Taavet_Bergmanni_abiraha_sihtasutus, lk 5
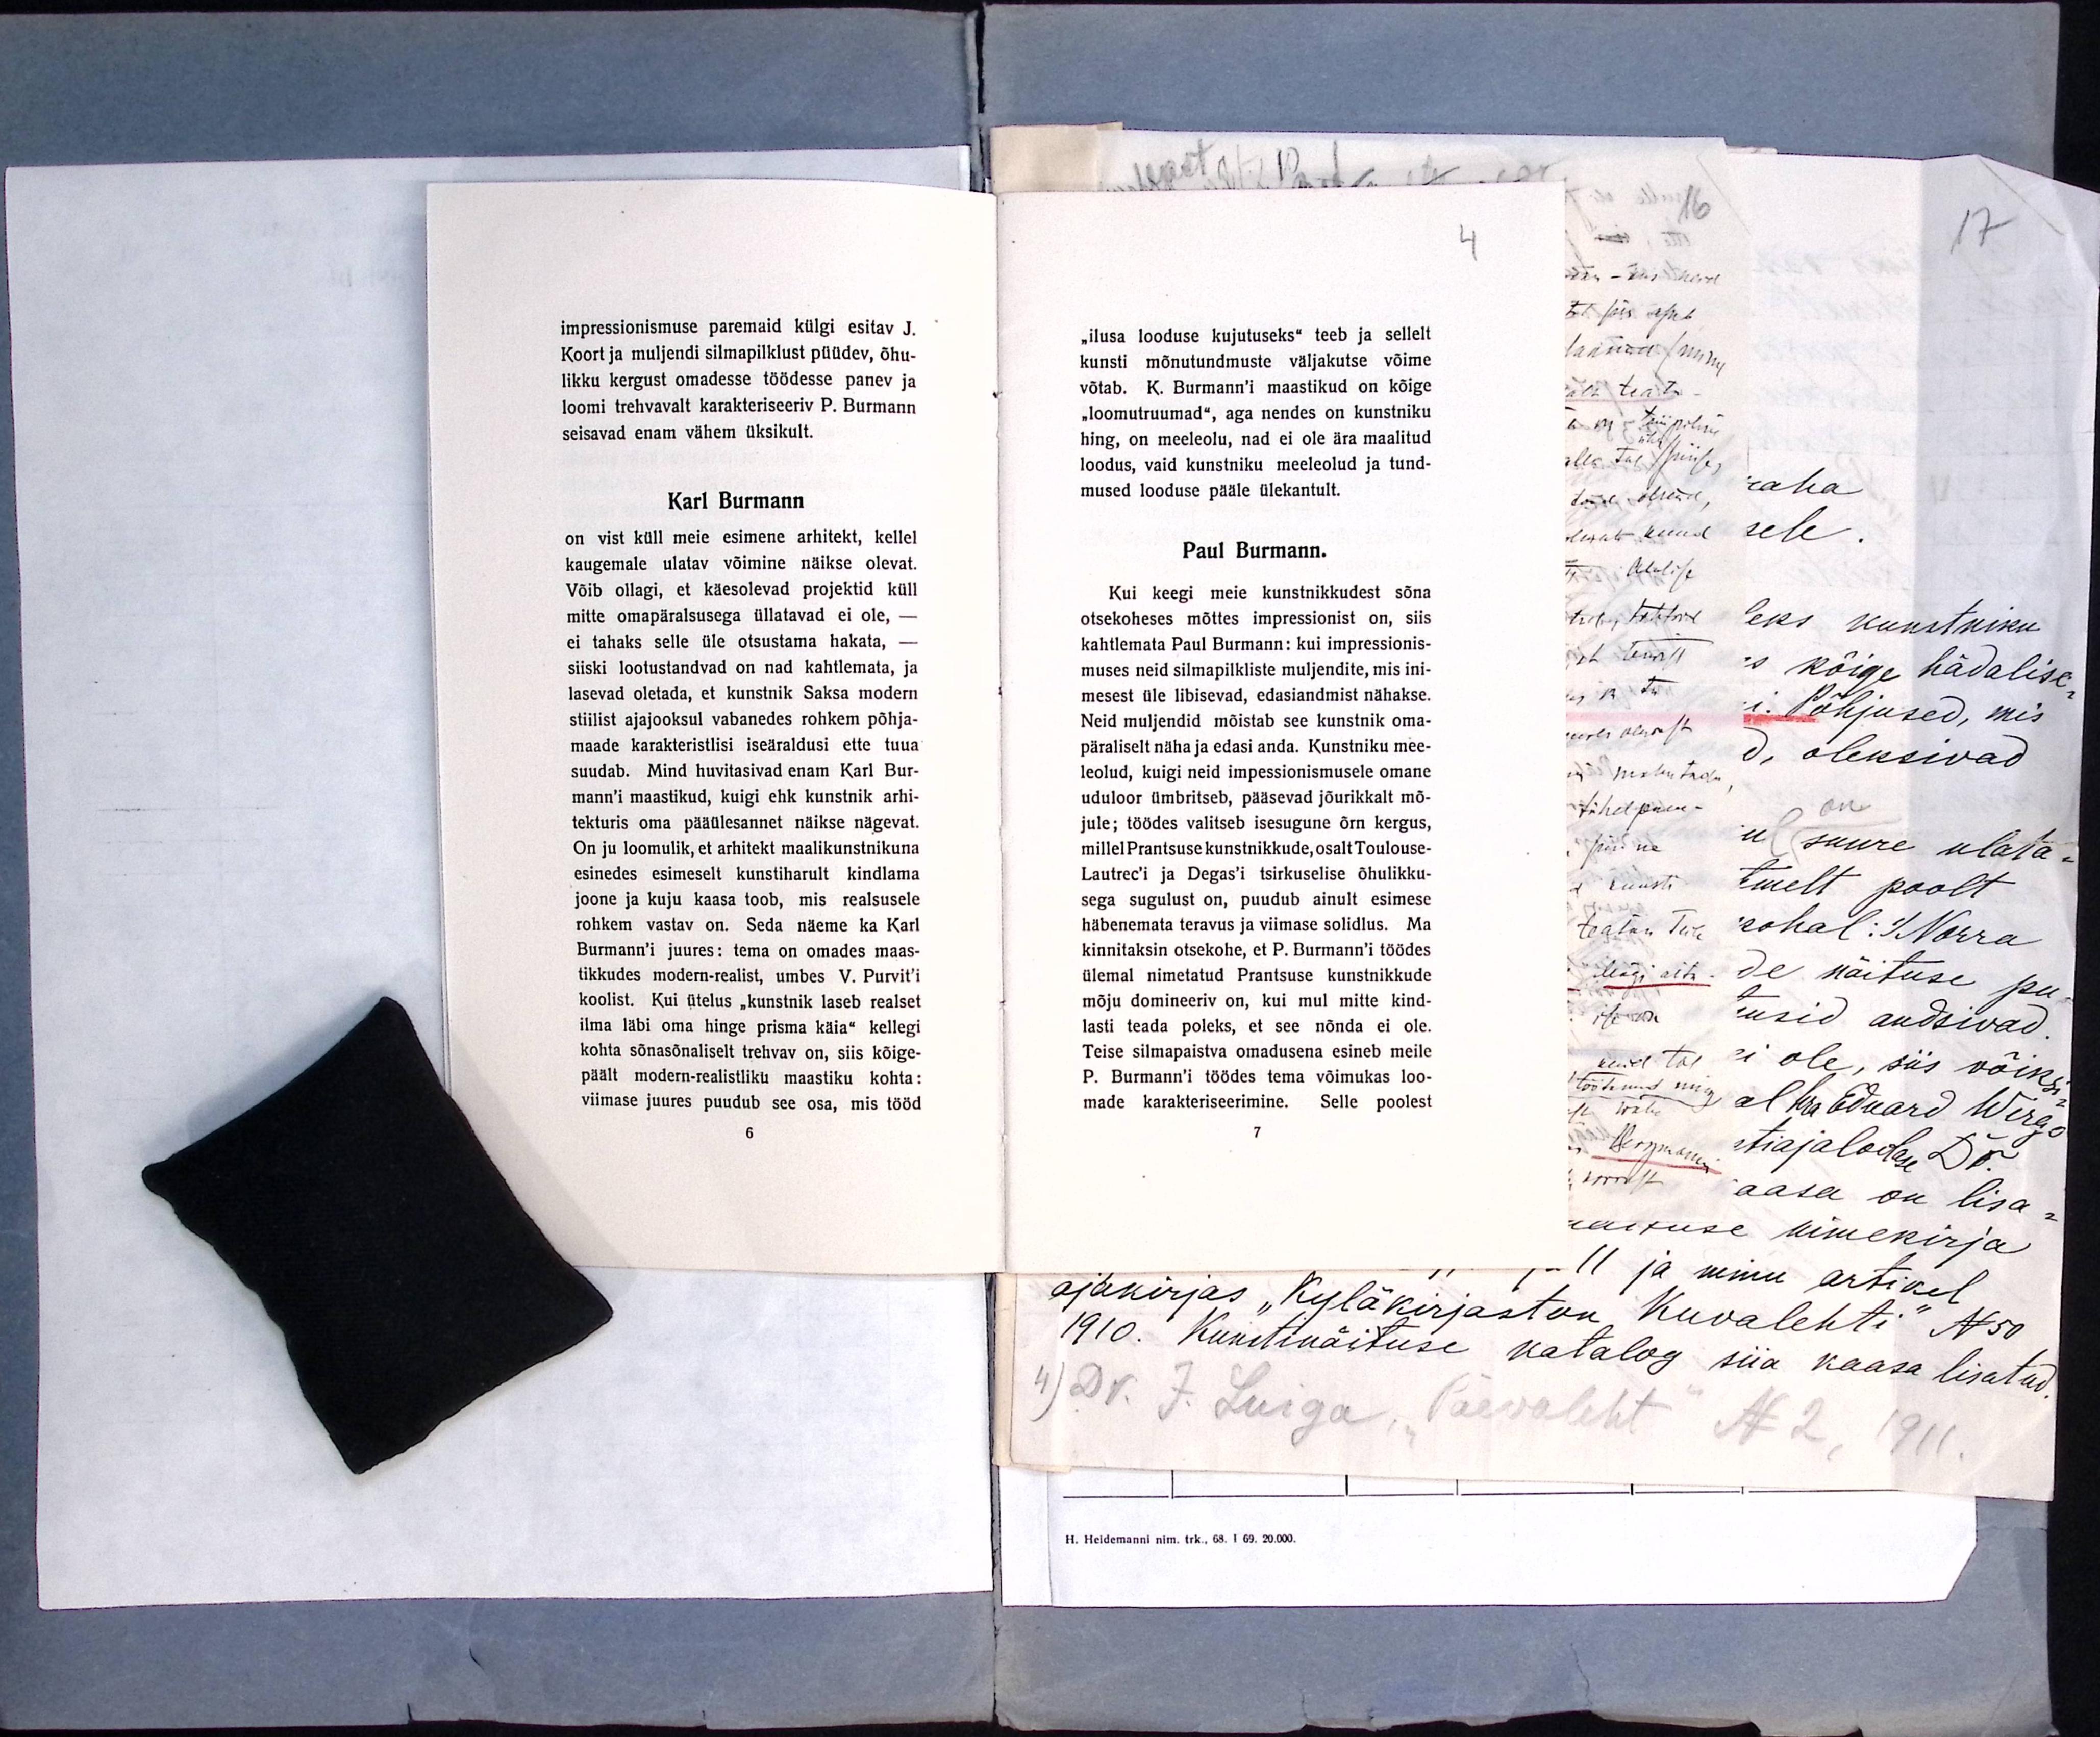
impressionismuse paremaid külgi esitav J.
Koort ja muljendi silmapilklust püüdev, õhu-
likku kergust omadesse töödesse panev ja
loomi trehvavalt karakteriseeriv P. Burmann
seisavad enam vähem üksikult.
Karl Burmann
on vist küll meie esimene arhitekt, kellel
kaugemale ulatav võimine näikse olevat.
Võib ollagi, et käesolevad projektid küll
mitte omapäralsusega üllatavad ei ole, -
ei tahaks selle üle otsustama hakata, -
siiski lootustandvad on nad kahtlemata, ja
lasevad oletada, et kunstnik Saksa modern
stiilist ajajooksul vabanedes rohkem põhja-
maade karakteristlisi iseäraldusi ette tuua
suudab. Mind huvitasivad enam Karl Bur-
mann'i maastikud, kuigi ehk kunstnik arhi-
tekturis oma pääülesannet näikse nägevat.
On ju loomulik, et arhitekt maalikunstnikuna
esinedes esimeselt kunstiharult kindlama
joone ja kuju kaasa toob, mis realsusele
rohkem vastav on. Seda näeme ka Karl
Burmann'i juures: tema on omades maas-
tikkudes modern-realist, umbes V. Purvit'i
koolist. Kui ütelus „kunstnik laseb realset
ilma läbi oma hinge prisma käia" kellegi
kohta sõnasõnaliselt trehvav on, siis kõige-
päält modern-realistliku maastiku kohta:
viimase juures puudub see osa, mis tööd
6

4
„ilusa looduse kujutuseks“ teeb ja sellelt
kunsti mõnutundmuste väljakutse võime
võtab. K. Burmann'i maastikud on kõige
"loomutruumad", aga nendes on kunstniku
hing, on meeleolu, nad ei ole ära maalitud
loodus, vaid kunstniku meeleolud ja tund-
mused looduse pääle ülekantult.
Paul Burmann.
Kui keegi meie kunstnikkudest sõna
otsekoheses mõttes impressionist on, siis
kahtlemata Paul Burmann: kui impressionis-
muses neid silmapilkliste muljendite, mis ini-
mesest üle libisevad, edasiandmist nähakse.
Neid muljendid mõistab see kunstnik oma-
päraliselt näha ja edasi anda. Kunstniku mee-
leolud, kuigi neid impessionismusele omane
uduloor ümbritseb, pääsevad jõurikkalt mõ-
jule; töödes valitseb isesugune õrn kergus,
millel Prantsuse kunstnikkude, osalt Toulouse-
Lautrec´i ja Degas´i tsirkuselise õhulikku-
sega sugulust on, puudub ainult esimese
häbenemata teravus ja viimase solidlus. Ma
kinnitaksin otsekohe, et P. Burmann'i töödes
ülemal nimetatud Prantsuse kunstnikkude
mõju domineeriv on, kui mul mitte kind-
lasti teada poleks, et see nõnda ei ole.
Teise silmapaistva omadusena esineb meile
P. Burmann'i töödes tema võimukas loo-
made karakteriseerimine. Selle poolest
7